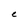
Character: C